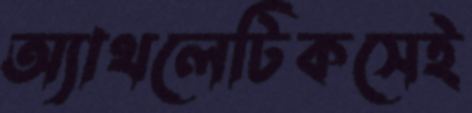
অ্যাথলেটিকসেই